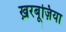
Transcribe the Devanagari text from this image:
ख़रबूज़िया